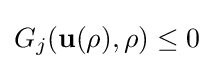
G_{j}(\mathbf {u} (\rho ),\rho )\leq 0